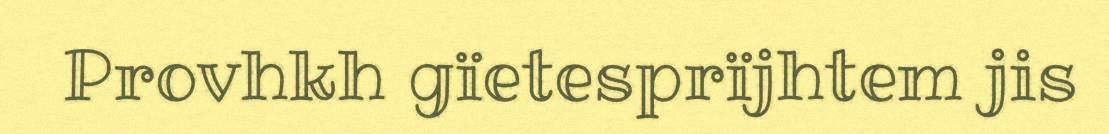
Provhkh gïetesprïjhtem jis